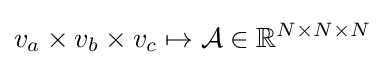
v_{a}\times v_{b}\times v_{c}\mapsto {\mathcal {A}}\in \mathbb {R} ^{N\times N\times N}